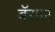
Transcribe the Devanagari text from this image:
बॅराज